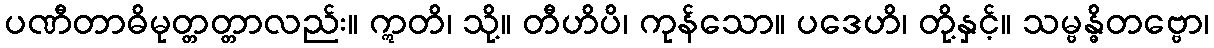
ပဏီတာဓိမုတ္တတ္တာလည်း။ ဣတိ၊ သို့။ တီဟိပိ၊ ကုန်သော။ ပဒေဟိ၊ တို့နှင့်။ သမ္ဗန္ဓိတဗ္ဗော၊